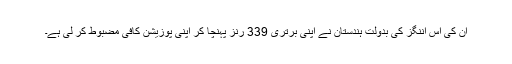
ان کی اس اننگز کی بدولت ہندستان نے اپنی برتری 339 رنز پہنچا کر اپنی پوزیشن کافی مضبوط کر لی ہے۔